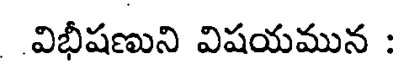
విభీషణుని విషయమున :